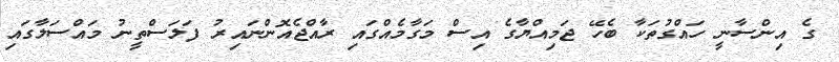
ގެ އިންސާނީ ހައްގުތަކާ ބެހޭ ޖަމިއްޔާގެ އިސް މަގާމެއްގައި ރާއްޖެއޮންނައިރު ފަލަސްތީނު މައްސަލާގައި